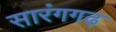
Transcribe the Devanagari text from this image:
सारंगगढ़